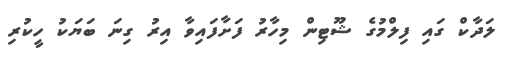
ލަދާކް ގައި ފިލްމުގެ ޝޫޓިން މިހާރު ފަށާފައިވާ އިރު ގިނަ ބަޔަކު ހީކުރި